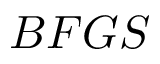
B F G S